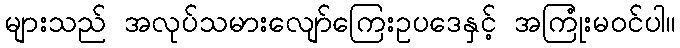
များသည် အလုပ်သမားလျော်ကြေးဥပဒေနှင့် အကြုံးမဝင်ပါ။